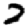
Digit: 2